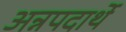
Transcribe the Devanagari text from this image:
अन्नपदार्थे